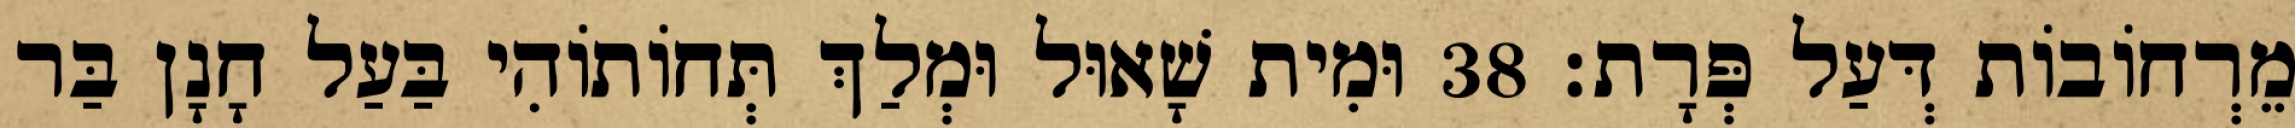
מֵרְחוֹבוֹת דְּעַל פְּרָת׃ 38 וּמִית שָׁאוּל וּמְלַךְ תְּחוֹתוֹהִי בַּעַל חָנָן בַּר